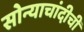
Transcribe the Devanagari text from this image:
सोन्याचांदीची